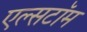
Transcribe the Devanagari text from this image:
एल्सटॉम